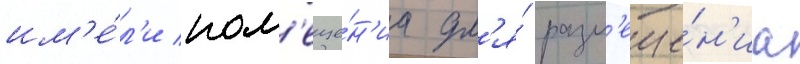
им'е́л'и пом'еще́н'иа дл'я́ разм'еще́н'иа